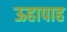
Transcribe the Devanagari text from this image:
ऊहापाह